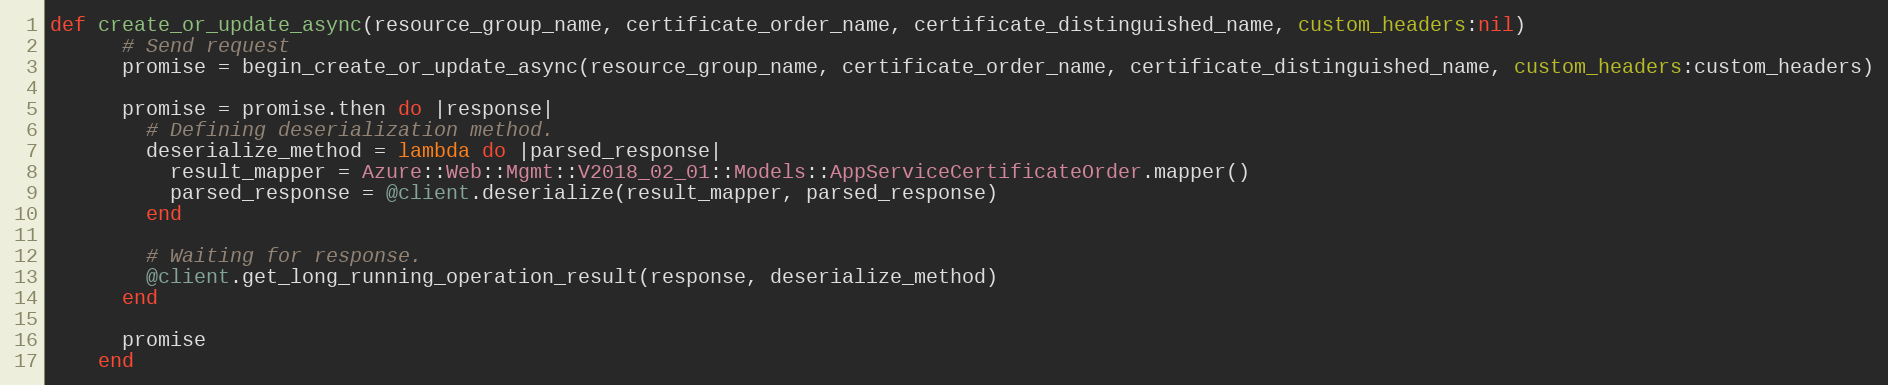
Language: Ruby
def create_or_update_async(resource_group_name, certificate_order_name, certificate_distinguished_name, custom_headers:nil)
      # Send request
      promise = begin_create_or_update_async(resource_group_name, certificate_order_name, certificate_distinguished_name, custom_headers:custom_headers)

      promise = promise.then do |response|
        # Defining deserialization method.
        deserialize_method = lambda do |parsed_response|
          result_mapper = Azure::Web::Mgmt::V2018_02_01::Models::AppServiceCertificateOrder.mapper()
          parsed_response = @client.deserialize(result_mapper, parsed_response)
        end

        # Waiting for response.
        @client.get_long_running_operation_result(response, deserialize_method)
      end

      promise
    end